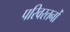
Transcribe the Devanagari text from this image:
परिवरतनों